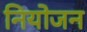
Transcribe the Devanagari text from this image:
नियोजन